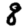
Digit: 8